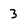
Character: 3